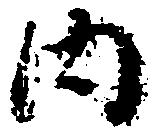
内